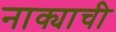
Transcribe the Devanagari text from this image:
नाक्याची